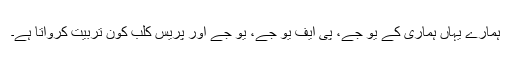
ہمارے یہاں ہماری کے یو جے، پی ایف یو جے، یو جے اور پریس کلب کون تربیت کرواتا ہے۔